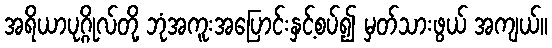
အရိယာပုဂ္ဂိုလ်တို့ ဘုံအကူးအပြောင်းနှင့်စပ်၍ မှတ်သားဖွယ် အကျယ်။